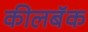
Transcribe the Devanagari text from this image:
कीलबॅक